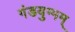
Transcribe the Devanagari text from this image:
गंडयुग्मम्